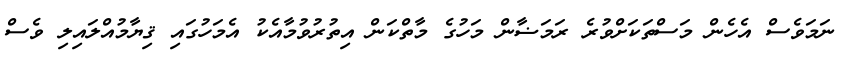
ނަމަވެސް އެހެން މަސްތަކަށްވުރެ ރަމަޟާން މަހުގެ މާތްކަން އިތުރުވުމާއެކު އެމަހުގައި ޤިޔާމުއްލައިލި ވެސް